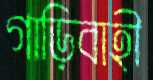
গাড়িবাহী